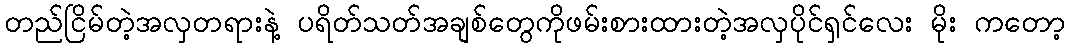
တည်ငြိမ်တဲ့အလှတရားနဲ့ ပရိတ်သတ်အချစ်တွေကိုဖမ်းစားထားတဲ့အလှပိုင်ရှင်လေး မိုး ကတော့